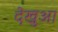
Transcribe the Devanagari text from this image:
देखुआ